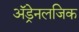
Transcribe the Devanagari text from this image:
अॅड्रेनलजिक